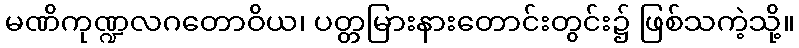
မဏိကုဏ္ဍလဂတောဝိယ၊ ပတ္တမြားနားတောင်းတွင်း၌ ဖြစ်သကဲ့သို့။